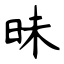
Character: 昧